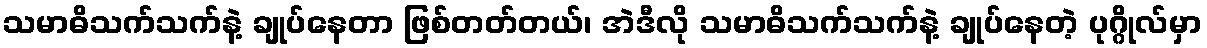
သမာဓိသက်သက်နဲ့ ချုပ်နေတာ ဖြစ်တတ်တယ်၊ အဲဒီလို သမာဓိသက်သက်နဲ့ ချုပ်နေတဲ့ ပုဂ္ဂိုလ်မှာ